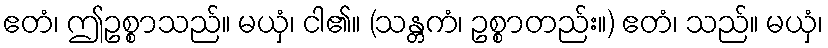
ဧတံ၊ ဤဥစ္စာသည်။ မယှံ၊ ငါ၏။ (သန္တကံ၊ ဥစ္စာတည်း။) ဧတံ၊ သည်။ မယှံ၊